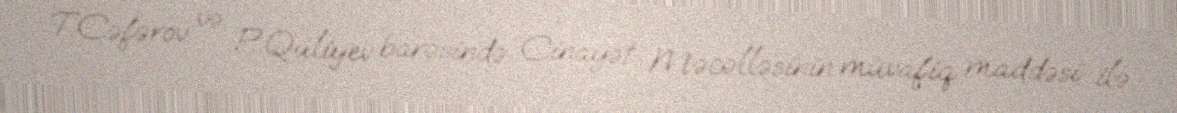
T.Cəfərov və P.Quliyev barəsində Cinayət Məcəlləsinin müvafiq maddəsi ilə